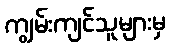
ကျွမ်းကျင်သူများမှ